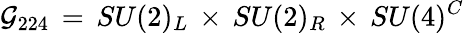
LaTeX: {\cal G}_{224}\, =\, SU(2)_{L}\, \times\, SU(2)_{R}\, \times\, SU(4)^{C}